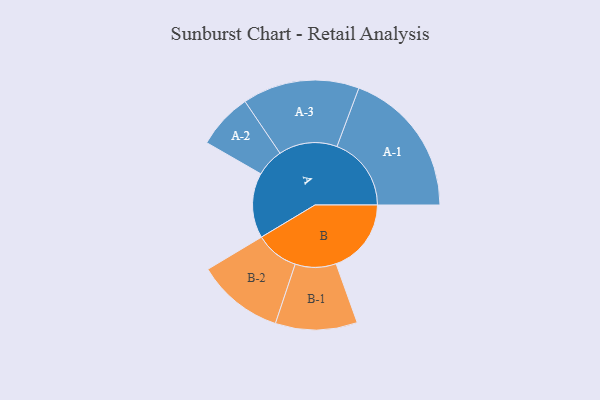
{"axis": {"x": "Segment", "y": "Value"}, "legend": ["", "A", "B"], "data": [{"x": "A", "y": 234, "type": ""}, {"x": "B", "y": 270, "type": ""}, {"x": "A-1", "y": 267, "type": "A"}, {"x": "A-2", "y": 100, "type": "A"}, {"x": "A-3", "y": 210, "type": "A"}, {"x": "B-1", "y": 147, "type": "B"}, {"x": "B-2", "y": 156, "type": "B"}]}